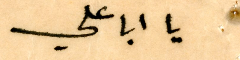
يا ابا علي